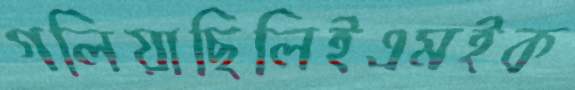
গলিয়াছিলিইএমইক